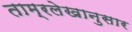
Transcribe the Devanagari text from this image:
ताम्रलेखानुसार